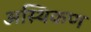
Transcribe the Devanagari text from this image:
अस्थिकण